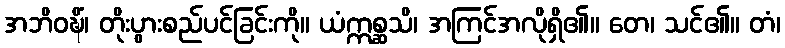
အဘိဝဍ္ဎိံ၊ တိုးပွားစည်ပင်ခြင်းကို။ ယံဣစ္ဆသိ၊ အကြင်အလိုရှိ၏။ တေ၊ သင်၏။ တံ၊